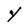
Character: Y